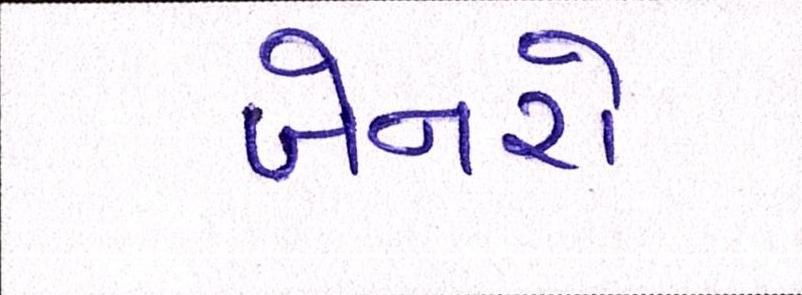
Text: બેનરો